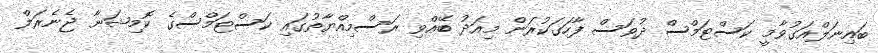
ބައިނަލްއަގުވާމީ ކަސްޓަމްސް ދުވަސް ފާހަގަކުރަން މިއަދު ބޭއްވި ރަސްމިއްޔާތުގައި ކަސްޓަމްސްގެ ކޮމިޝަނާ ޖެނެރަލް